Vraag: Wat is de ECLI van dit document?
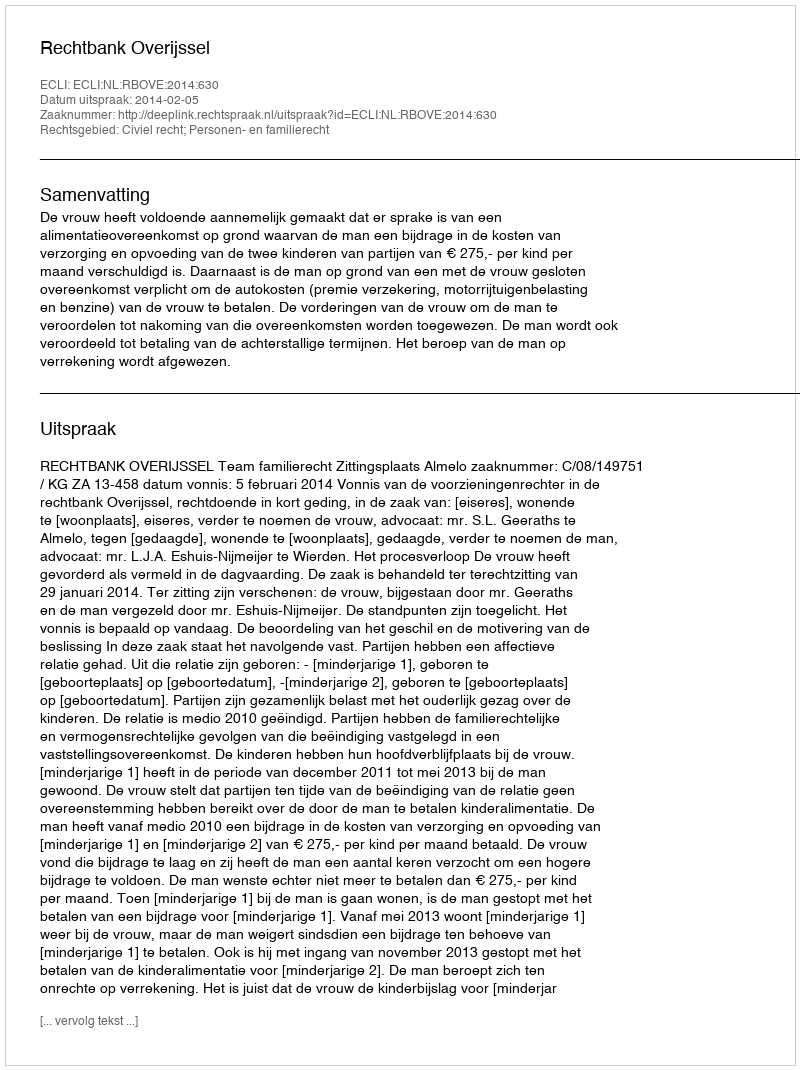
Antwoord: ECLI:NL:RBOVE:2014:630